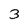
Character: 3